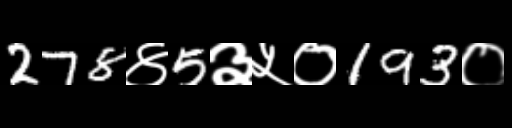
Text: 278४5३५०193०